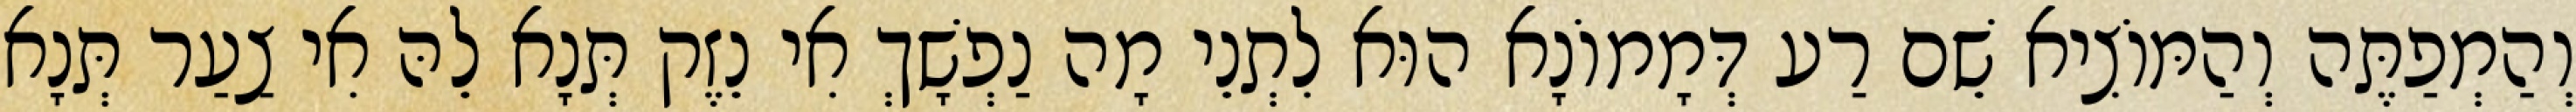
וְהַמְפַתֶּה וְהַמּוֹצִיא שֵׁם רַע דְּמָמוֹנָא הוּא לִתְנֵי מָה נַפְשָׁךְ אִי נֵזֶק תְּנָא לֵהּ אִי צַעַר תְּנָא